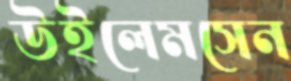
উইলেমসেন